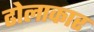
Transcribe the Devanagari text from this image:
ढोलाकार